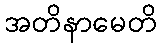
အတိနာမေတိ